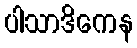
ပါသာဒိကေန